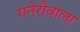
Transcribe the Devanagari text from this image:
गनेरीवाला